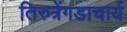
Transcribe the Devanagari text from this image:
तिरुत्रेंगडाचार्य